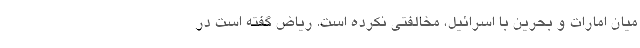
میان امارات و بحرین با اسرائیل، مخالفتی نکرده است. ریاض گفته است در